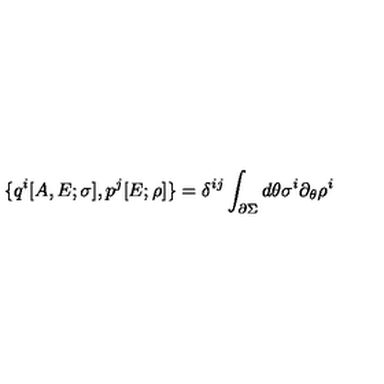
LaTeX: \{ q ^ { i } [ A , E ; \sigma ] , p ^ { j } [ E ; \rho ] \} = \delta ^ { i j } \int _ { \partial \Sigma } d \theta \sigma ^ { i } \partial _ { \theta } \rho ^ { i }